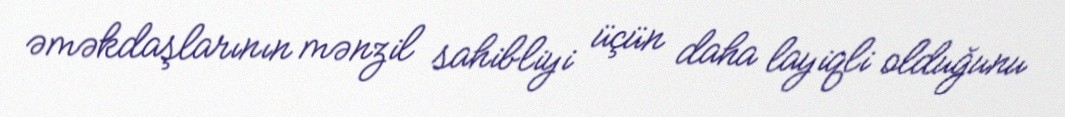
əməkdaşlarının mənzil sahibliyi üçün daha layiqli olduğunu